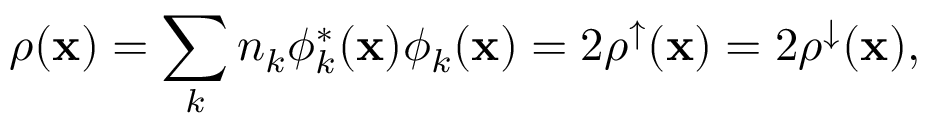
\rho ( { \bf x } ) = \sum _ { k } { n _ { k } \phi _ { k } ^ { * } ( { \bf x } ) \phi _ { k } ( { \bf x } ) } = 2 \rho ^ { \uparrow } ( { \bf x } ) = 2 \rho ^ { \downarrow } ( { \bf x } ) ,